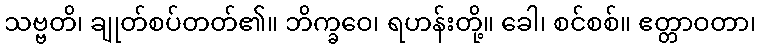
သဗ္ဗတိ၊ ချုတ်စပ်တတ်၏။ ဘိက္ခဝေ၊ ရဟန်းတို့။ ခေါ၊ စင်စစ်။ ဧတ္တာဝတာ၊